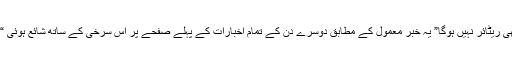
پیر صاحب نے جواب دیا کہ ہمارا “جنرل عارف “کبھی ریٹائر نہیں ہوگا” یہ خبر معمول کے مطابق دوسرے دن کے تمام اخبارات کے پہلے صفحے پر اس سرخی کے ساتھ شائع ہوئی “میرا جنرل عارف کبھی ریٹائر نہیں ہوگا. پیر پگارا “۔